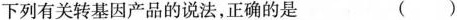
下列有关转基因产品的说法，正确的是（）